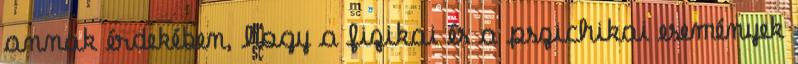
annak érdekében, hogy a fizikai és a pszichikai események